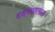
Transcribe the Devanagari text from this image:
दशरथात्मज